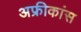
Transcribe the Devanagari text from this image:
अफ्रीकांस